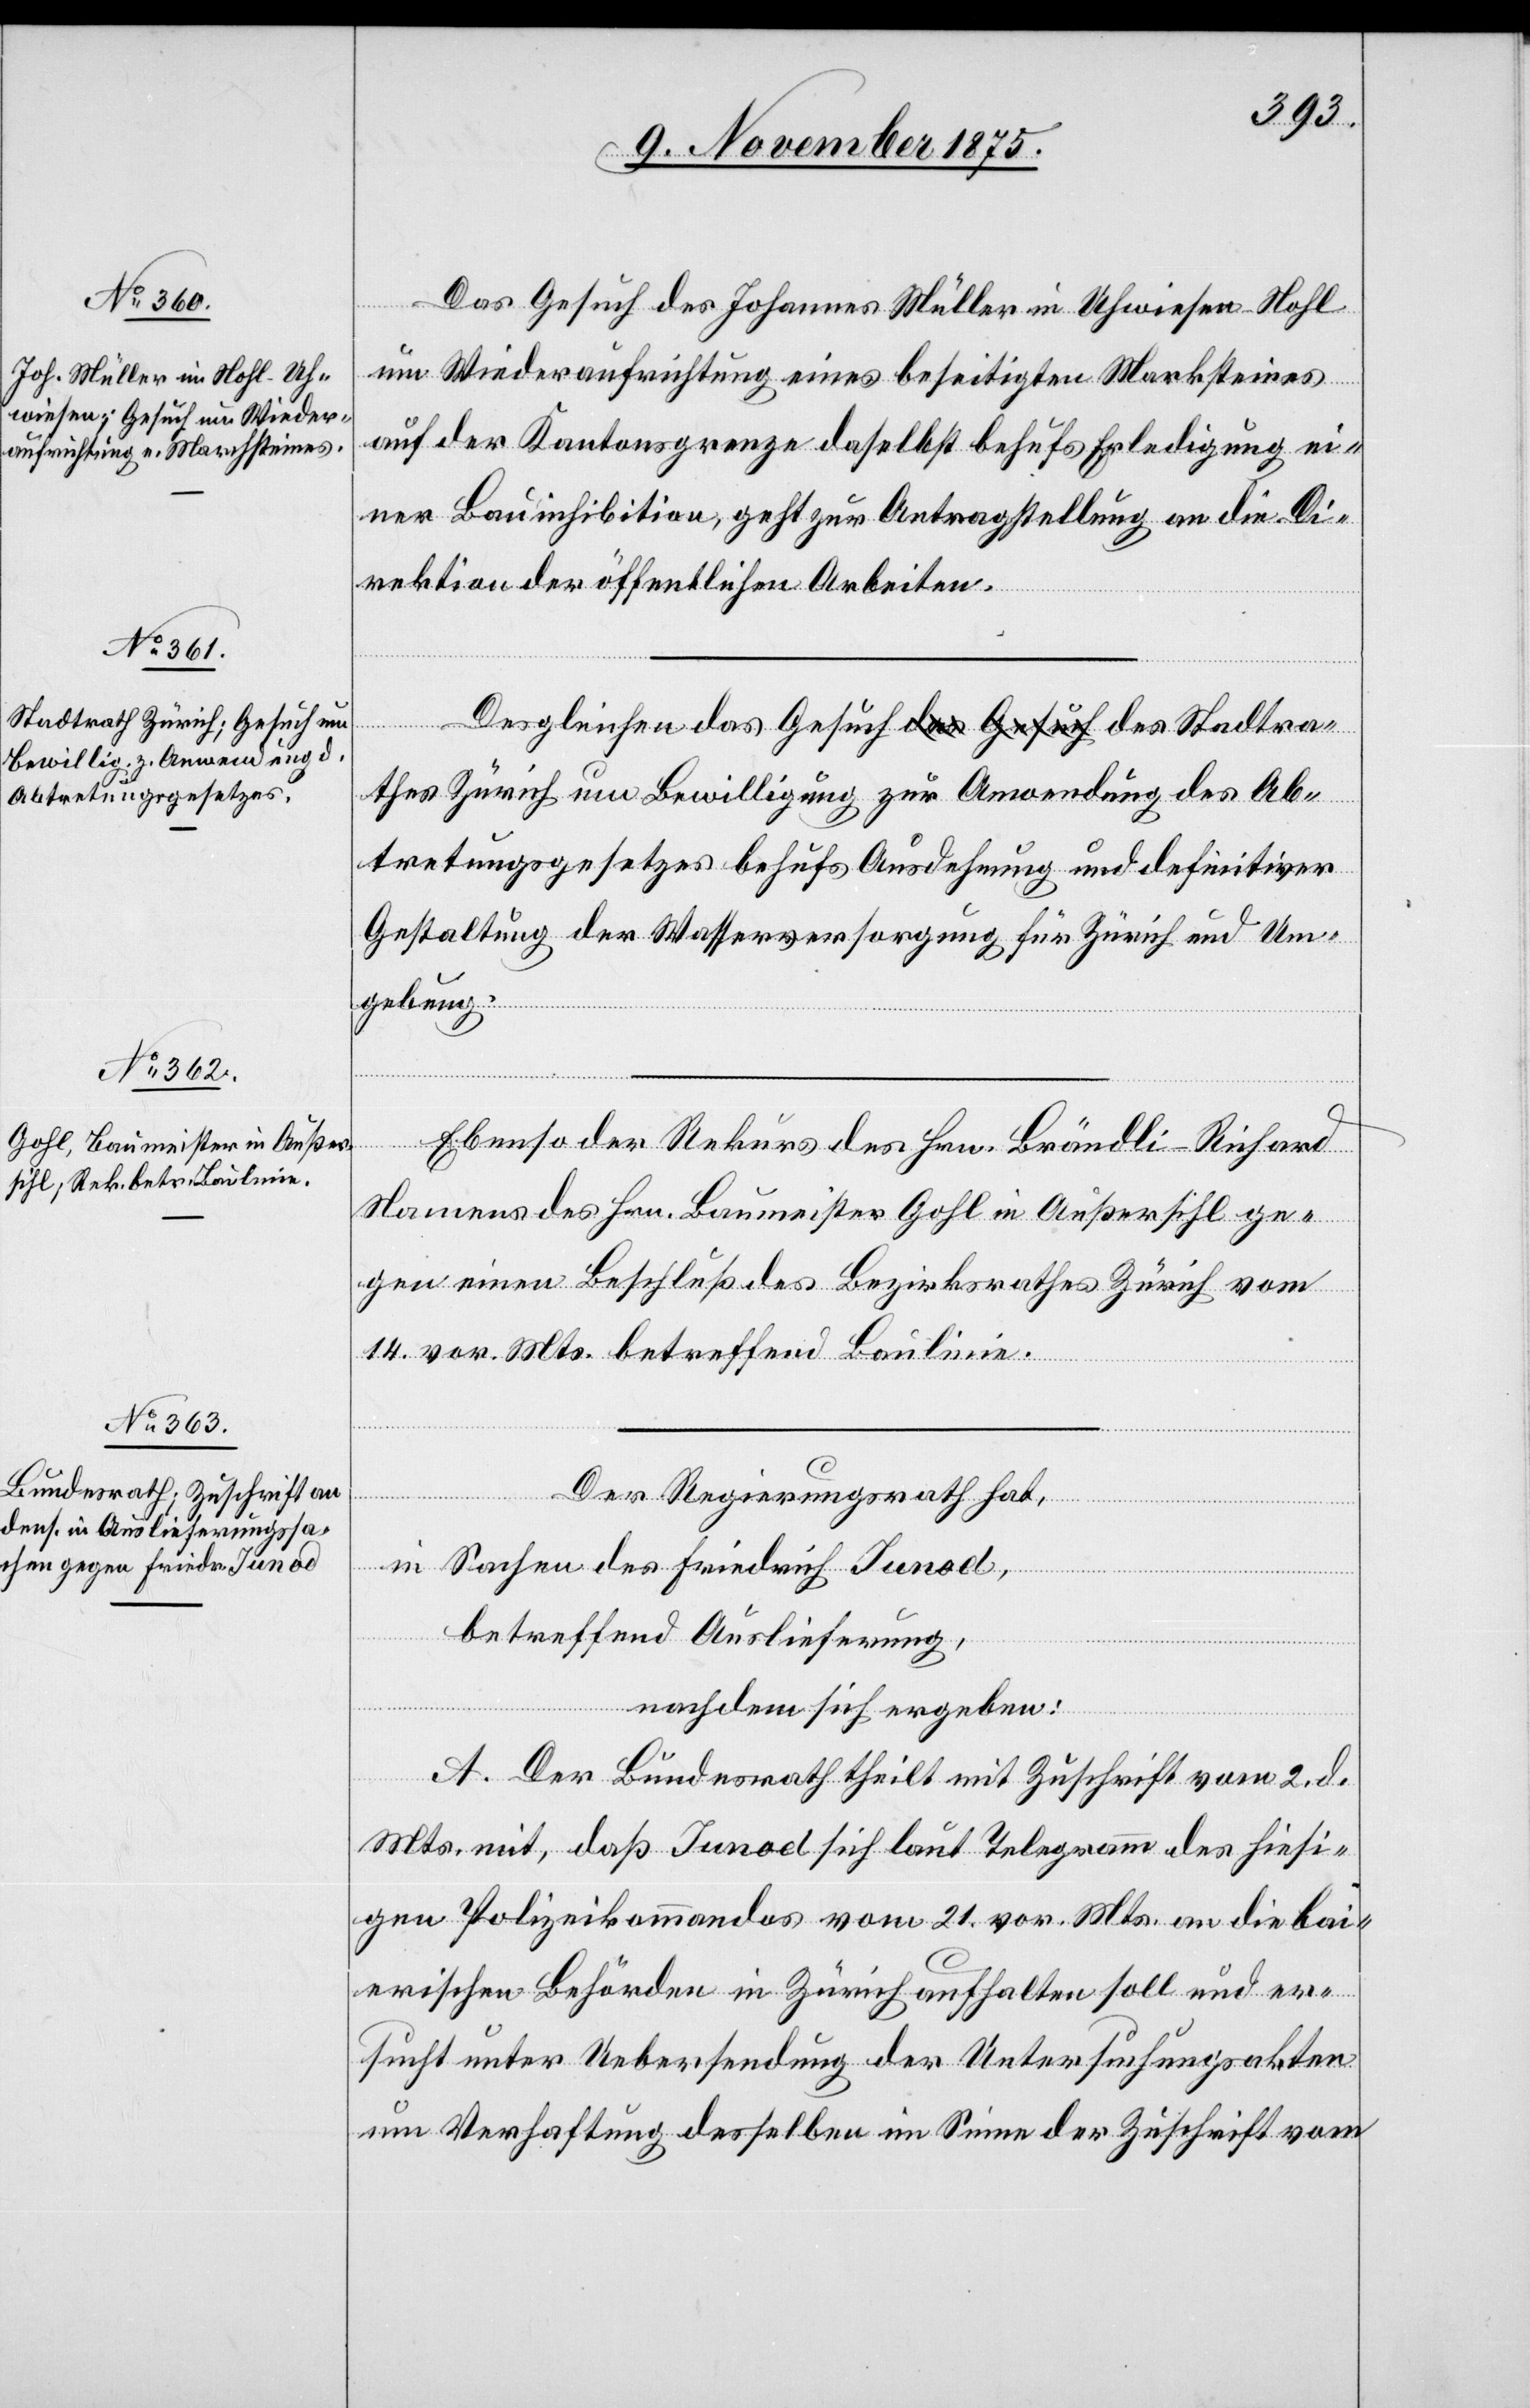
Bewilligung zur Anwendung des

9. November 1875.]
Das Gesuch des Johannes Müller in Uhwiesen-Nohl
um Wiederaufrichtung eines beseitigten Marksteines
auf der Kantonsgrenze daselbst behufs Erledigung ei¬
ner Bauinhibition, geht zur Antragstellung an die Di¬
rektion der öffentlichen Arbeiten.
Ab¬
Desgleichen das Gesuch des Stadtrathes Züri¬
tretungsgesetzes behufs Ausdehnung und definitiver
Gestaltung der Wasserversorgung für Zürich und Um¬
gebung.
Ebenso der Rekurs des Hrn. Brändli-Richard
Namens des Hrn. Baumeister Gohl in Außersihl ge¬
gen einen Beschluß des Bezirksrathes Zürich vom
14. vor. Mts. betreffend Baulinie.
Der Regierungsrath hat,
in Sachen des Friedrich Iunod,
betreffend Auslieferung,
nachdem sich ergeben:
A. Der Bundesrath theilt mit Zuschrift vom 2. d.
Mts. mit, daß Iunod sich laut Telegramm des hiesi¬
gen Polizeikommandos vom 21. vor. Mts. an die bai¬
erischen Behörden in Zürich aufhalten soll und er¬
sucht unter Uebersendung der Untersuchungsakten
um Verhaftung desselben im Sinne der Zuschrift vom